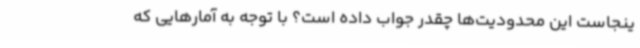
ینجاست این محدودیت‌ها چقدر جواب داده است؟ ‌با توجه به آمارهایی که